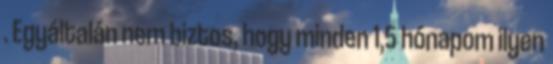
. Egyáltalán nem biztos, hogy minden 1,5 hónapom ilyen